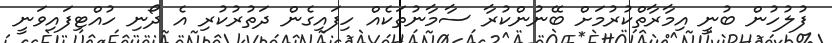
ފުލުހުން ބުނީ އިމާރާތްކުރުމަށް ބޭނުންކުރާ ސާމާނުތަކެއް ހިފައިގެން ދަތުރުކުރި އެ ދޯނި ހުއްޓިފައިވަނީ